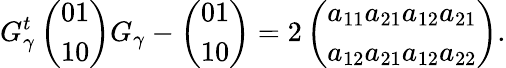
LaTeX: G_{\gamma}^{t}\left(\begin{array}{c}{{0}}\\ {{1}}\end{array}\begin{array}{cc}{{1}}\\ {{0}}\end{array}\right)G_{\gamma}-\left(\begin{array}{c}{{0}}\\ {{1}}\end{array}\begin{array}{cc}{{1}}\\ {{0}}\end{array}\right)=2\left(\begin{array}{c}{{a_{11}a_{21}}}\\ {{a_{12}a_{21}}}\end{array}\begin{array}{cc}{{a_{12}a_{21}}}\\ {{a_{12}a_{22}}}\end{array}\right).